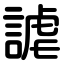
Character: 謔